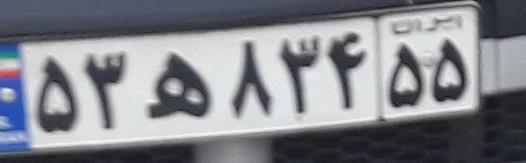
۵۳ه۸۳۴۵۵